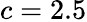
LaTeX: c=2.5